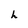
Character: h